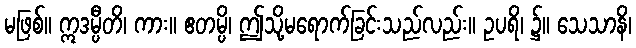
မဖြစ်။ ဣဒမ္ပီတိ၊ ကား။ ဧတမ္ပိ၊ ဤသို့မရောက်ခြင်းသည်လည်း။ ဥပရိ၊ ၌။ သေသာနိ၊